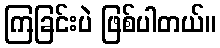
ကြခြင်းပဲ ဖြစ်ပါတယ်။